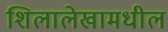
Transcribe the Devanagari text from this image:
शिलालेखामधील